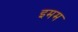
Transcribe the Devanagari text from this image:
इमम